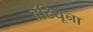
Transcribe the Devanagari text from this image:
वेंटियूना